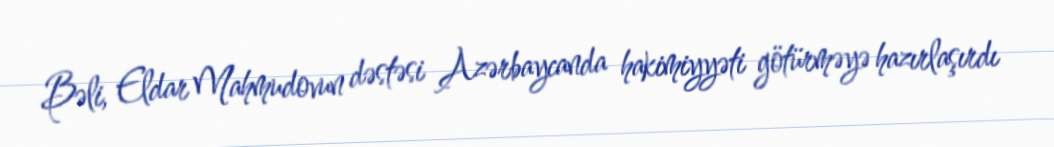
Bəli, Eldar Mahmudovun dəstəsi Azərbaycanda hakimiyyəti götürməyə hazırlaşırdı